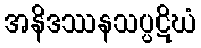
အနိဒဿနသပ္ပဋိဃံ